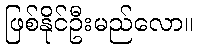
ဖြစ်နိုင်ဦးမည်လော။